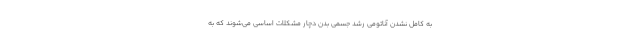
به کامل نشدن آناتومی رشد جسمی بدن دچار مشکلات اساسی می‌شوند که به